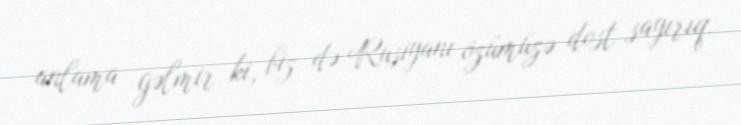
anlama gəlmir ki, biz də Rusiyanı özümüzə dost sayırıq.